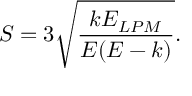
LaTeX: S = 3 \sqrt { \frac { k E _ { L P M } } { E ( E - k ) } } .